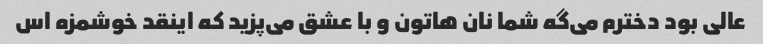
عالی بود دخترم می‌گه شما نان هاتون و با عشق می‌پزید که اینقد خوشمزه اس